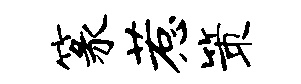
篆惹策